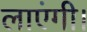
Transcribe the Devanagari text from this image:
लाएंगी।